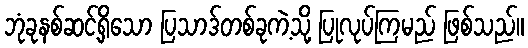
ဘုံခုနစ်ဆင့်ရှိသော ပြသာဒ်တစ်ခုကဲ့သို့ ပြုလုပ်ကြမည် ဖြစ်သည်။